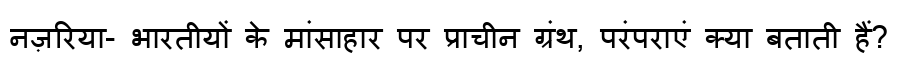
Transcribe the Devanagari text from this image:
नज़रिया- भारतीयों के मांसाहार पर प्राचीन ग्रंथ, परंपराएं क्या बताती हैं?